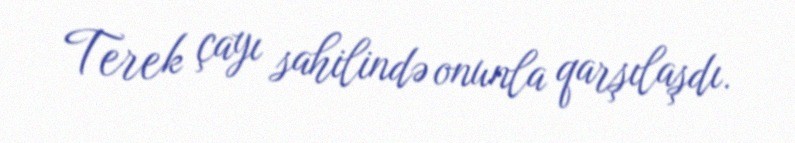
Terek çayı sahilində onunla qarşılaşdı.